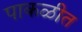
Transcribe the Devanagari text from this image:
पाकळीत